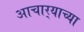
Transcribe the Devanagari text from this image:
आचार्‍याच्या